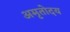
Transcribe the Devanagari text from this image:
अमृतोदय